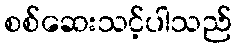
စစ်ဆေးသင့်ပါသည်